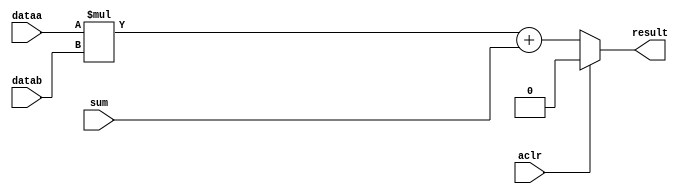
`timescale 1ns / 1ps
//////////////////////////////////////////////////////////////////////////////////
// Company: 
// Engineer: 
// 
// Design Name: 
// Module Name: lpm_mult
// Project Name: 
// Target Devices: 
// Tool Versions: 
// Description: 
// 
// Dependencies: 
// 
// Revision:
// Revision 0.01 - File Created
// Additional Comments:
// 
//////////////////////////////////////////////////////////////////////////////////

module lpm_mult (
    result, 
    dataa, 
    datab, 
    sum, 
    //clock, 
    //clken, 
    aclr
);
    parameter lpm_type = "lpm_mult";
    parameter lpm_widtha = 1;
    parameter lpm_widthb = 1;
    parameter lpm_widths = 1;
    parameter lpm_widthp = 1;
    parameter lpm_representation  = "UNSIGNED";
    parameter lpm_pipeline  = 0;
    parameter lpm_hint = "UNUSED";
    output reg [lpm_widthp-1:0] result;

   // input clock;
    //input clken;
    input aclr;
    input [lpm_widtha-1:0] dataa;
    input [lpm_widthb-1:0] datab;
    input [lpm_widths-1:0] sum;
    //output[lpm_widthp-1:0] result;

    always @(*) begin
        begin
            if(aclr!=0)
                result <= 0;
            else
                result <= dataa * datab + sum;
        end
    end
endmodule